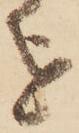
を